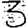
Digit: 3